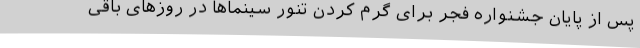
پس از پایان جشنواره فجر برای گرم کردن تنور سینماها در روزهای باقی